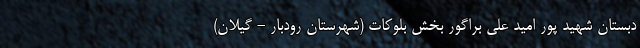
دبستان شهید پور امید علی براگور بخش بلوکات (شهرستان رودبار - گیلان)